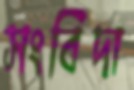
সংবিদা